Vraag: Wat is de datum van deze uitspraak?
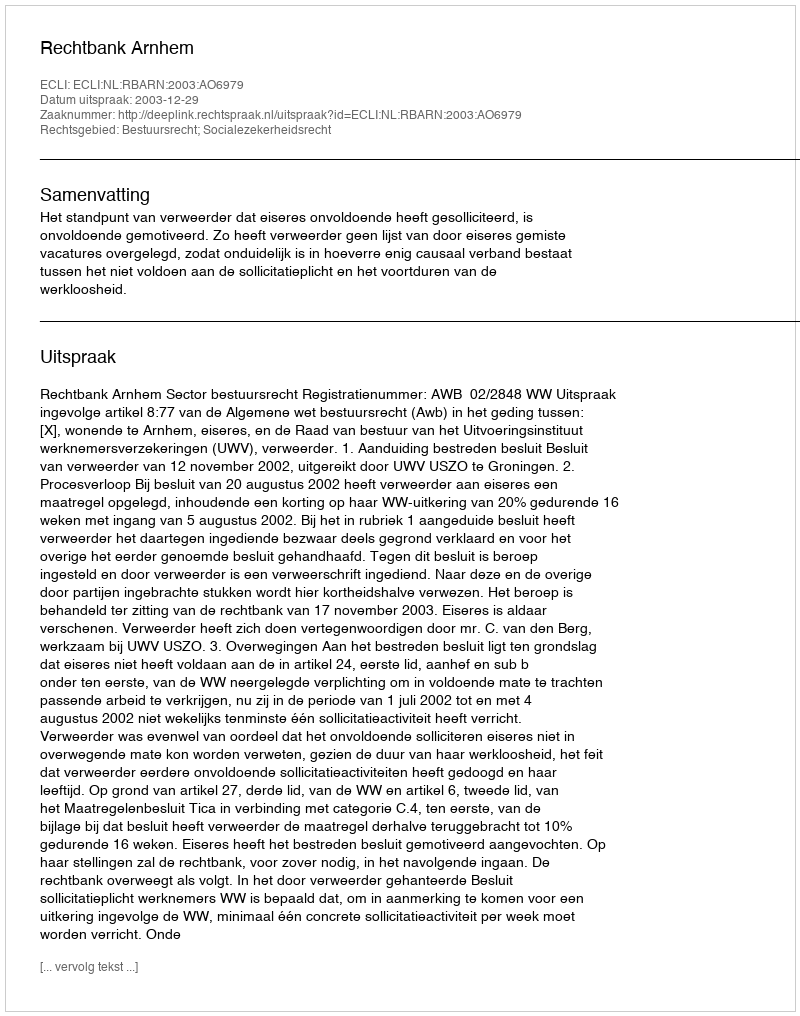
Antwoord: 2003-12-29